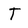
Character: T